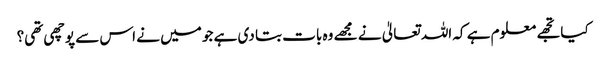
کیا تجھے معلوم ہے کہ اللہ تعالیٰ نے مجھے وہ بات بتا دی ہے جو میں نے اس سے پوچھی تھی؟